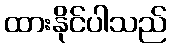
ထားနိုင်ပါသည်